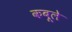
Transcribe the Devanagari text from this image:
कबूले